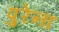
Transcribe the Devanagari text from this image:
पुरेना